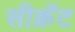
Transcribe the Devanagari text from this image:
सीक्रॅट